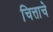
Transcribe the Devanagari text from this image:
चित्ताचे